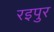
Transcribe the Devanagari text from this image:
रइपुर